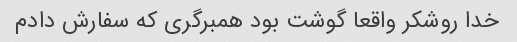
خدا روشکر واقعا گوشت بود همبرگری که سفارش دادم